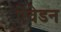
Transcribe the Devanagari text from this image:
ऐवेडन